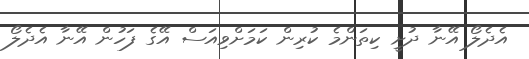
އެދެލޯ އޭނާ ދުށީ ކިތަންމެ ކުރިން ކަމަށްވިއަސް އޭގެ ފަހުން އޭނާ އެދެލޯ